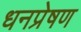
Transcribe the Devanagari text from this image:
धनप्रेषण